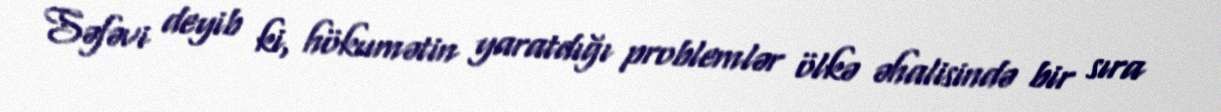
Səfəvi deyib ki, hökumətin yaratdığı problemlər ölkə əhalisində bir sıra